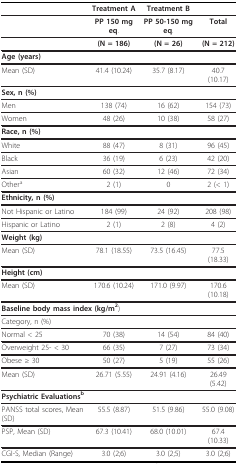
<table><thead><tr><td></td><td><b>Treatment A</b></td><td><b>Treatment B</b></td><td></td></tr></thead><tbody><tr><td></td><td><b>PP 150 mg eq</b>.</td><td><b>PP 50-150 mg eq</b>.</td><td><b>Total</b></td></tr><tr><td></td><td><b>(N = 186)</b></td><td><b>(N = 26)</b></td><td><b>(N = 212)</b></td></tr><tr><td colspan="4"><b>Age (years)</b></td></tr><tr><td>Mean (SD)</td><td>41.4 (10.24)</td><td>35.7 (8.17)</td><td>40.7 (10.17)</td></tr><tr><td><b>Sex, n (%)</b></td><td></td><td></td><td></td></tr><tr><td>Men</td><td>138 (74)</td><td>16 (62)</td><td>154 (73)</td></tr><tr><td>Women</td><td>48 (26)</td><td>10 (38)</td><td>58 (27)</td></tr><tr><td colspan="4"><b>Race, n (%)</b></td></tr><tr><td>White</td><td>88 (47)</td><td>8 (31)</td><td>96 (45)</td></tr><tr><td>Black</td><td>36 (19)</td><td>6 (23)</td><td>42 (20)</td></tr><tr><td>Asian</td><td>60 (32)</td><td>12 (46)</td><td>72 (34)</td></tr><tr><td>Other<sup>a</sup></td><td>2 (1)</td><td>0</td><td>2 (&lt; 1)</td></tr><tr><td colspan="4"><b>Ethnicity, n (%)</b></td></tr><tr><td>Not Hispanic or Latino</td><td>184 (99)</td><td>24 (92)</td><td>208 (98)</td></tr><tr><td>Hispanic or Latino</td><td>2 (1)</td><td>2 (8)</td><td>4 (2)</td></tr><tr><td><b>Weight (kg)</b></td><td></td><td></td><td></td></tr><tr><td>Mean (SD)</td><td>78.1 (18.55)</td><td>73.5 (16.45)</td><td>77.5 (18.33)</td></tr><tr><td><b>Height (cm)</b></td><td></td><td></td><td></td></tr><tr><td>Mean (SD)</td><td>170.6 (10.24)</td><td>171.0 (9.97)</td><td>170.6 (10.18)</td></tr><tr><td colspan="4"><b>Baseline body mass index (kg/m<sup>2</sup></b>)</td></tr><tr><td>Category, n (%)</td><td></td><td></td><td></td></tr><tr><td>Normal &lt; 25</td><td>70 (38)</td><td>14 (54)</td><td>84 (40)</td></tr><tr><td>Overweight 25- &lt; 30</td><td>66 (35)</td><td>7 (27)</td><td>73 (34)</td></tr><tr><td>Obese ≥ 30</td><td>50 (27)</td><td>5 (19)</td><td>55 (26)</td></tr><tr><td>Mean (SD)</td><td>26.71 (5.55)</td><td>24.91 (4.16)</td><td>26.49 (5.42)</td></tr><tr><td><b>Psychiatric Evaluations<sup>b</sup></b></td><td></td><td></td><td></td></tr><tr><td>PANSS total scores, Mean (SD)</td><td>55.5 (8.87)</td><td>51.5 (9.86)</td><td>55.0 (9.08)</td></tr><tr><td>PSP, Mean (SD)</td><td>67.3 (10.41)</td><td>68.0 (10.01)</td><td>67.4 (10.33)</td></tr><tr><td>CGI-S, Median (Range)</td><td>3.0 (2;6)</td><td>3.0 (2;5)</td><td>3.0 (2;6)</td></tr></tbody></table>